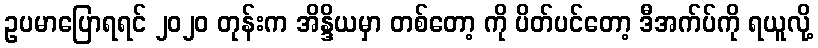
ဥပမာပြောရရင် ၂၀၂၀ တုန်းက အိန္ဒိယမှာ တစ်တော့ ကို ပိတ်ပင်တော့ ဒီအက်ပ်ကို ရယူလို့